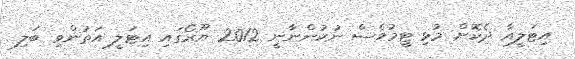
އިޓަލީއާ ދެކޮށް މުޅި ޓީމުވެސް ނުކުންނާނީ 2012 ޔޫރޯގައި އިޓަލީ އަތުންވި ބަލި